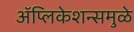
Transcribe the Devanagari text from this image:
अॅप्लिकेशन्समुळे